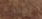
بمغادرة